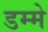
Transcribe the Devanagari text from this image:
डम्मे